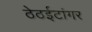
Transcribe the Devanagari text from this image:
ठेठईटांगर